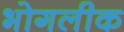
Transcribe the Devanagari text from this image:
भोगलीक